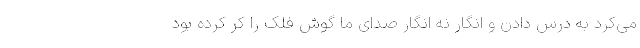
می‌کرد به درس دادن و انگار نه انگار صدای ما گوش فلک را کر کرده بود